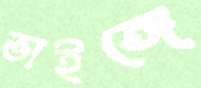
ভাইঙ্গে